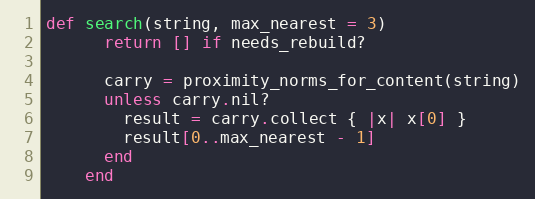
Language: Ruby
def search(string, max_nearest = 3)
      return [] if needs_rebuild?

      carry = proximity_norms_for_content(string)
      unless carry.nil?
        result = carry.collect { |x| x[0] }
        result[0..max_nearest - 1]
      end
    end